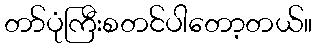
တာ်ပုံကြီးစတင်ပါတော့တယ်။